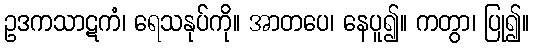
ဥဒကသာဋကံ၊ ရေသနုပ်ကို။ အာတပေ၊ နေပူ၍။ ကတွာ၊ ပြု၍။